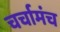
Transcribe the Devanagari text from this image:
चर्चामंच